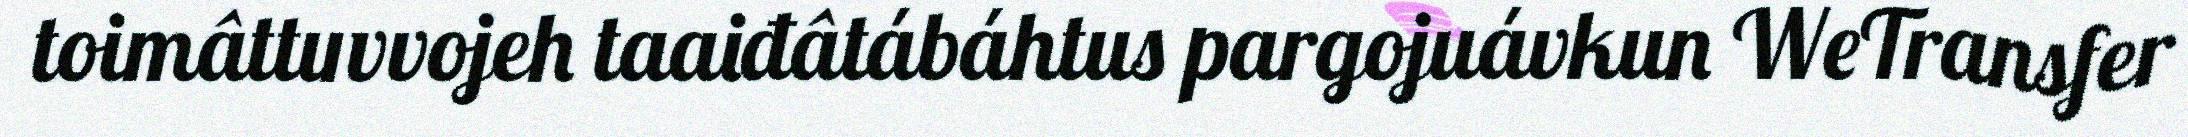
toimâttuvvojeh taaiđâtábáhtus pargojuávkun WeTransfer